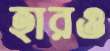
হারও